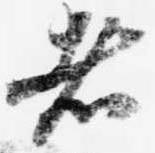
者